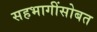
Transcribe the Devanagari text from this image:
सहभागींसोबत